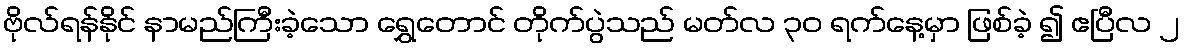
ဗိုလ်ရန်နိုင် နာမည်ကြီးခဲ့သော ရွှေတောင် တိုက်ပွဲသည် မတ်လ ၃၀ ရက်နေ့မှာ ဖြစ်ခဲ့ ၍ ဧပြီလ ၂